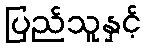
ပြည်သူနှင့်